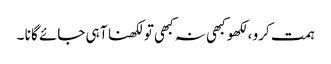
ہمت کرو ،لکھو کبھی نہ کبھی تو لکھنا آ ہی جائے گا نا ۔